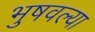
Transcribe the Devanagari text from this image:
भुषवल्या